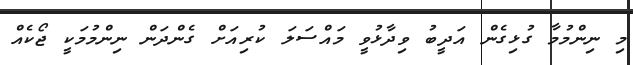
މި ނިންމުމާ ގުޅިގެން އަދީބު ވިދާޅުވީ މައްސަލަ ކުރިއަށް ގެންދަން ނިންމުމަކީ ޖޯކެއް